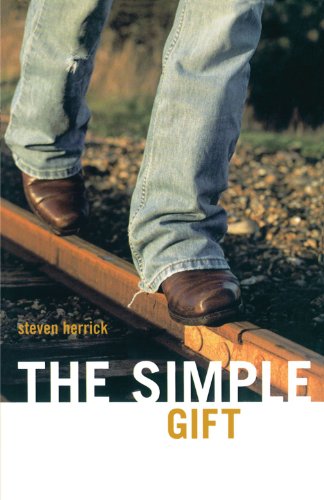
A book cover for The Simple Gift; Steven Herrick; Teen & Young Adult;